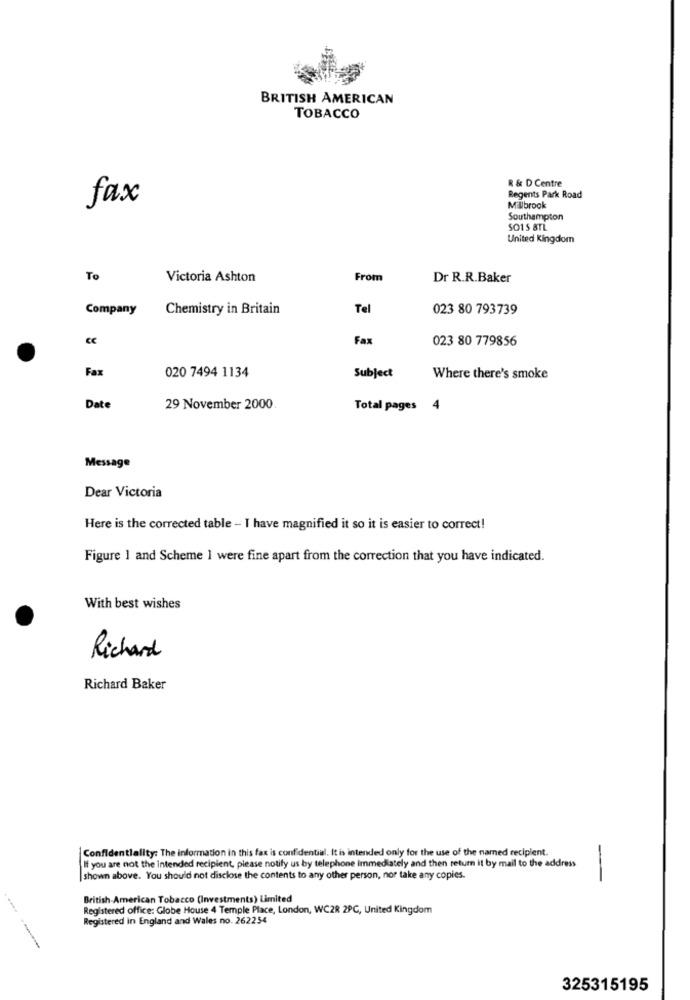
BRITISH AMERICAN
TOBACCO
R & D Centre
fax
Regents Park Road
Millbrook
Southampton
SO15 8TL
United Kingdom
To
Victoria Ashton
From
Dr R.R.Baker
Company
Chemistry in Britain
Tel
023 80 793739
CC
Fax
023 80 779856
Fax
020 7494 1134
Subject
Where there's smoke
Date
29 November 2000
Total pages 4
Message
Dear Victoria
Here is the corrected table - I have magnified it so it is easier to correct!
Figure 1 and Scheme 1 were fine apart from the correction that you have indicated.
With best wishes
Richard
Richard Baker
Confidentiality: The information in this fax is confidential. It is intended only for the use of the named recipient.
If you are not the Intended recipient, please notify us by telephone Immediately and then return it by mail to the address
| shown above. You should not disclose the contents to any other person, nor take any copies.
-
British American Tobacco (Investments) Limited
Registered office: Globe House 4 Temple Place, London, WC2R 2PC, United Kingdom
Registered in England and Wales no. 262254
325315195